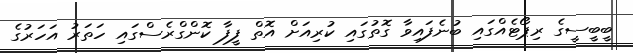
ބީބީސީގެ ރިޕޯޓެއްގައި ބުނެފައިވާ ގޮތުގައި ކުރިއަށް އޮތް ފީފާ ކޮންގްރެސްގައި ހަތަރު އަހަރުގެ